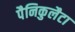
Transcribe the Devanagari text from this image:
पैनिकुलैटा